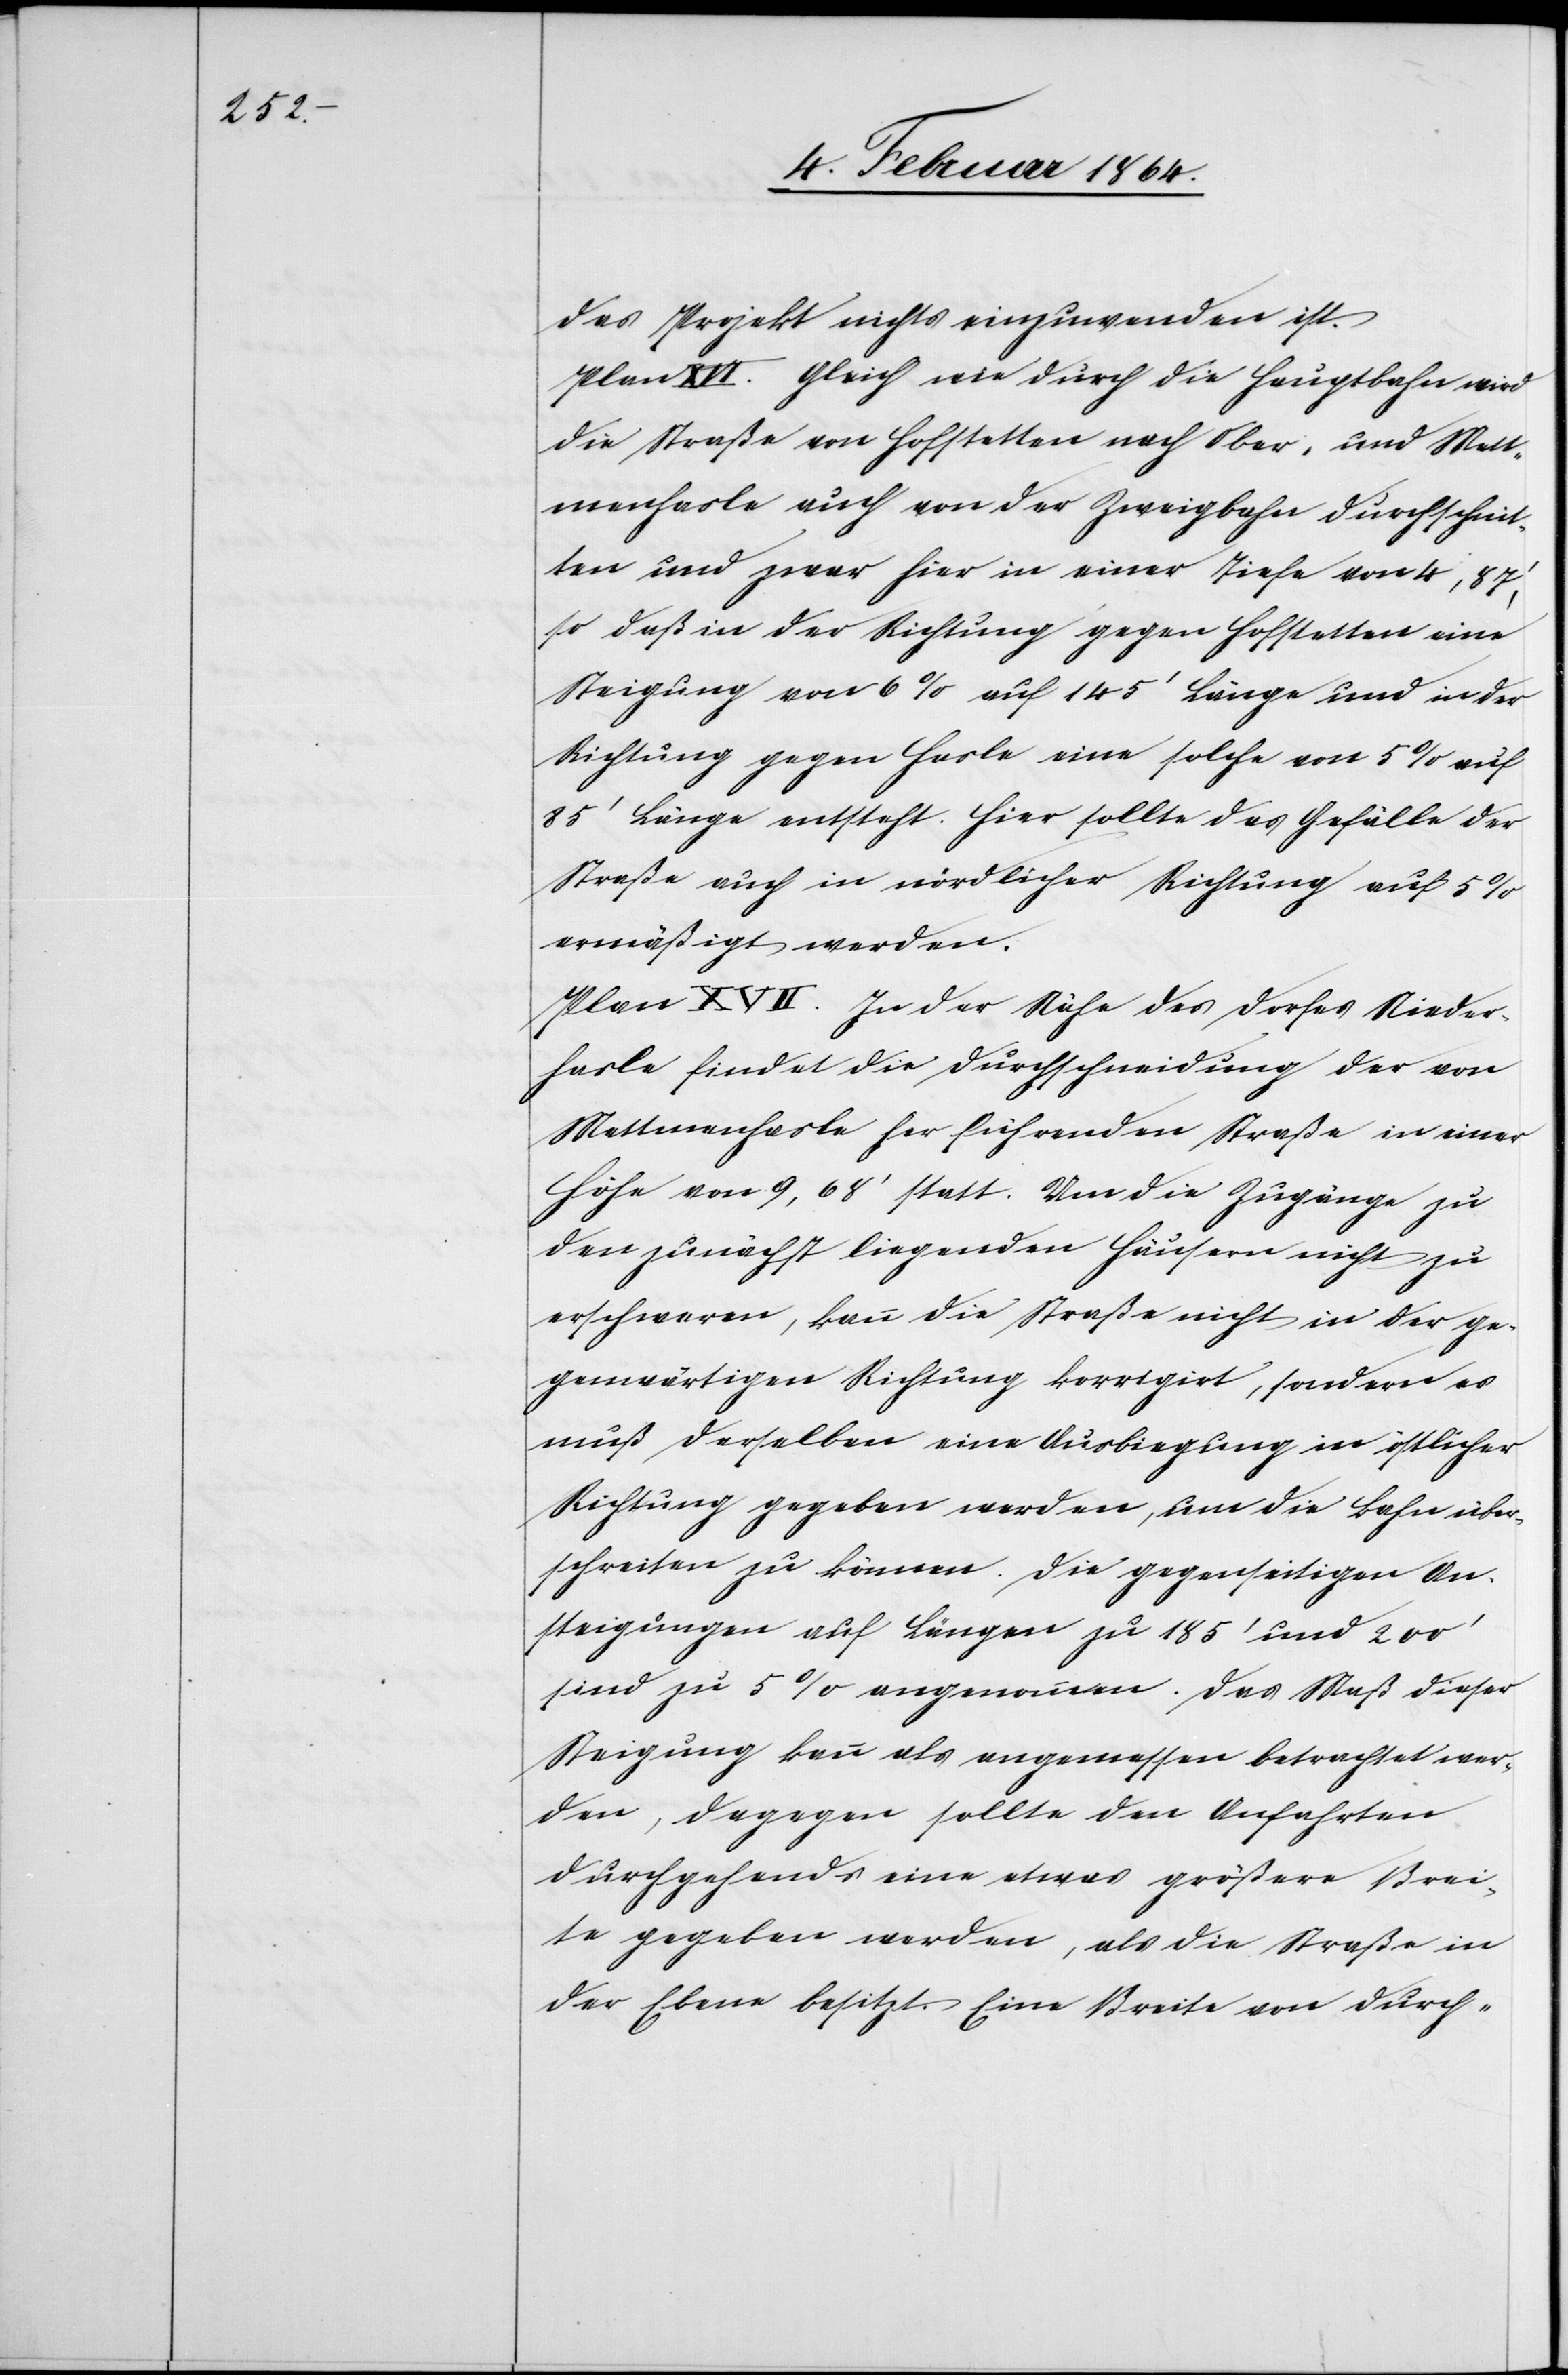
das Projekt nichts einzuwenden ist.
Plan XVI. Gleich wie durch die Hauptbahn wird
die Straße von Hofstetten nach Ober- und Mett¬
menhasle auch von der Zweigbahn durchschnit¬
ten und zwar hier in einer Tiefe von 4,87’,
so daß in der Richtung gegen Hofstetten eine
Steigung von 6% auf 145’ Länge und in der
Richtung gegen Hasle eine solche von 5% auf
85’ Länge entsteht. Hier sollte das Gefälle der
Straße auch in nördlicher Richtung auf 5%
ermäßigt werden.
Plan XVII. In der Nähe des Dorfes Nieder¬
hasle findet die Durchschneidung der von
Mettmenhasle her führenden Straße in einer
Höhe von 9,68’ statt. Um die Zugänge zu
den zunächst liegenden Häusern nicht zu
erschweren, kann die Straße nicht in der ge¬
genwärtigen Richtung korrigirt, sondern es
muß derselben eine Ausbiegung in östlicher
Richtung gegeben werden um die Bahn über¬
schreiten zu können. Die gegenseitigen An¬
steigungen auf Längen zu 185’ und 200’
sind zu 5% angenommen. Das Maß dieser
Steigung kann als angemessen betrachtet wer¬
den, dagegen sollte den Anfahrten
durchgehends eine etwas größere Brei¬
te gegeben werden, als die Straße in
der Ebene besitzt. Eine Breite von durch-